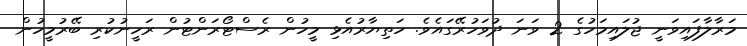
މަރާލާފައިވަނީ ޖުލައިމަހުގެ 2 ވަނަ ދުވަހުރޭގައެވެ. ހަތިޔާރުއެޅި މީހުން ރެސްޓޯރަންޓުން ރަހީނުކުރި ބޭރުމީހުން